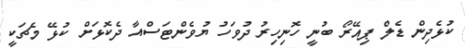
ކުޅެދިން ޑެލް ޕިއޭރޯ ބުނީ ހޮނިހިރު ދުވަހު ޔުވެންޓަސްއާ ދެކޮޅަށް ކުޅޭ މެޗަކީ